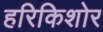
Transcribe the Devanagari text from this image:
हरिकिशोर